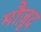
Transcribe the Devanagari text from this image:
मौजू़द